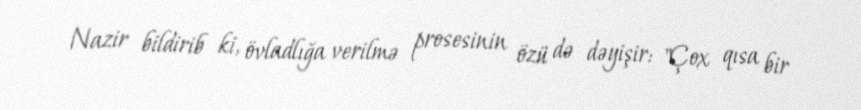
Nazir bildirib ki, övladlığa verilmə prosesinin özü də dəyişir: "Çox qısa bir